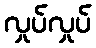
လှုပ်လှုပ်